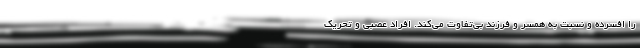
را افسرده و نسبت به همسر و فرزند بی‌تفاوت می‌کند. افراد عصبی و تحریک